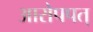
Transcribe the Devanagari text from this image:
आरोपपत्